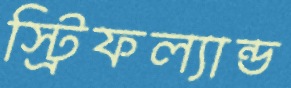
স্ট্রিফল্যান্ড